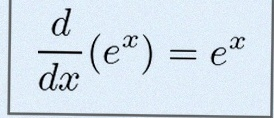
\frac{d}{dx}(e^x)=e^x